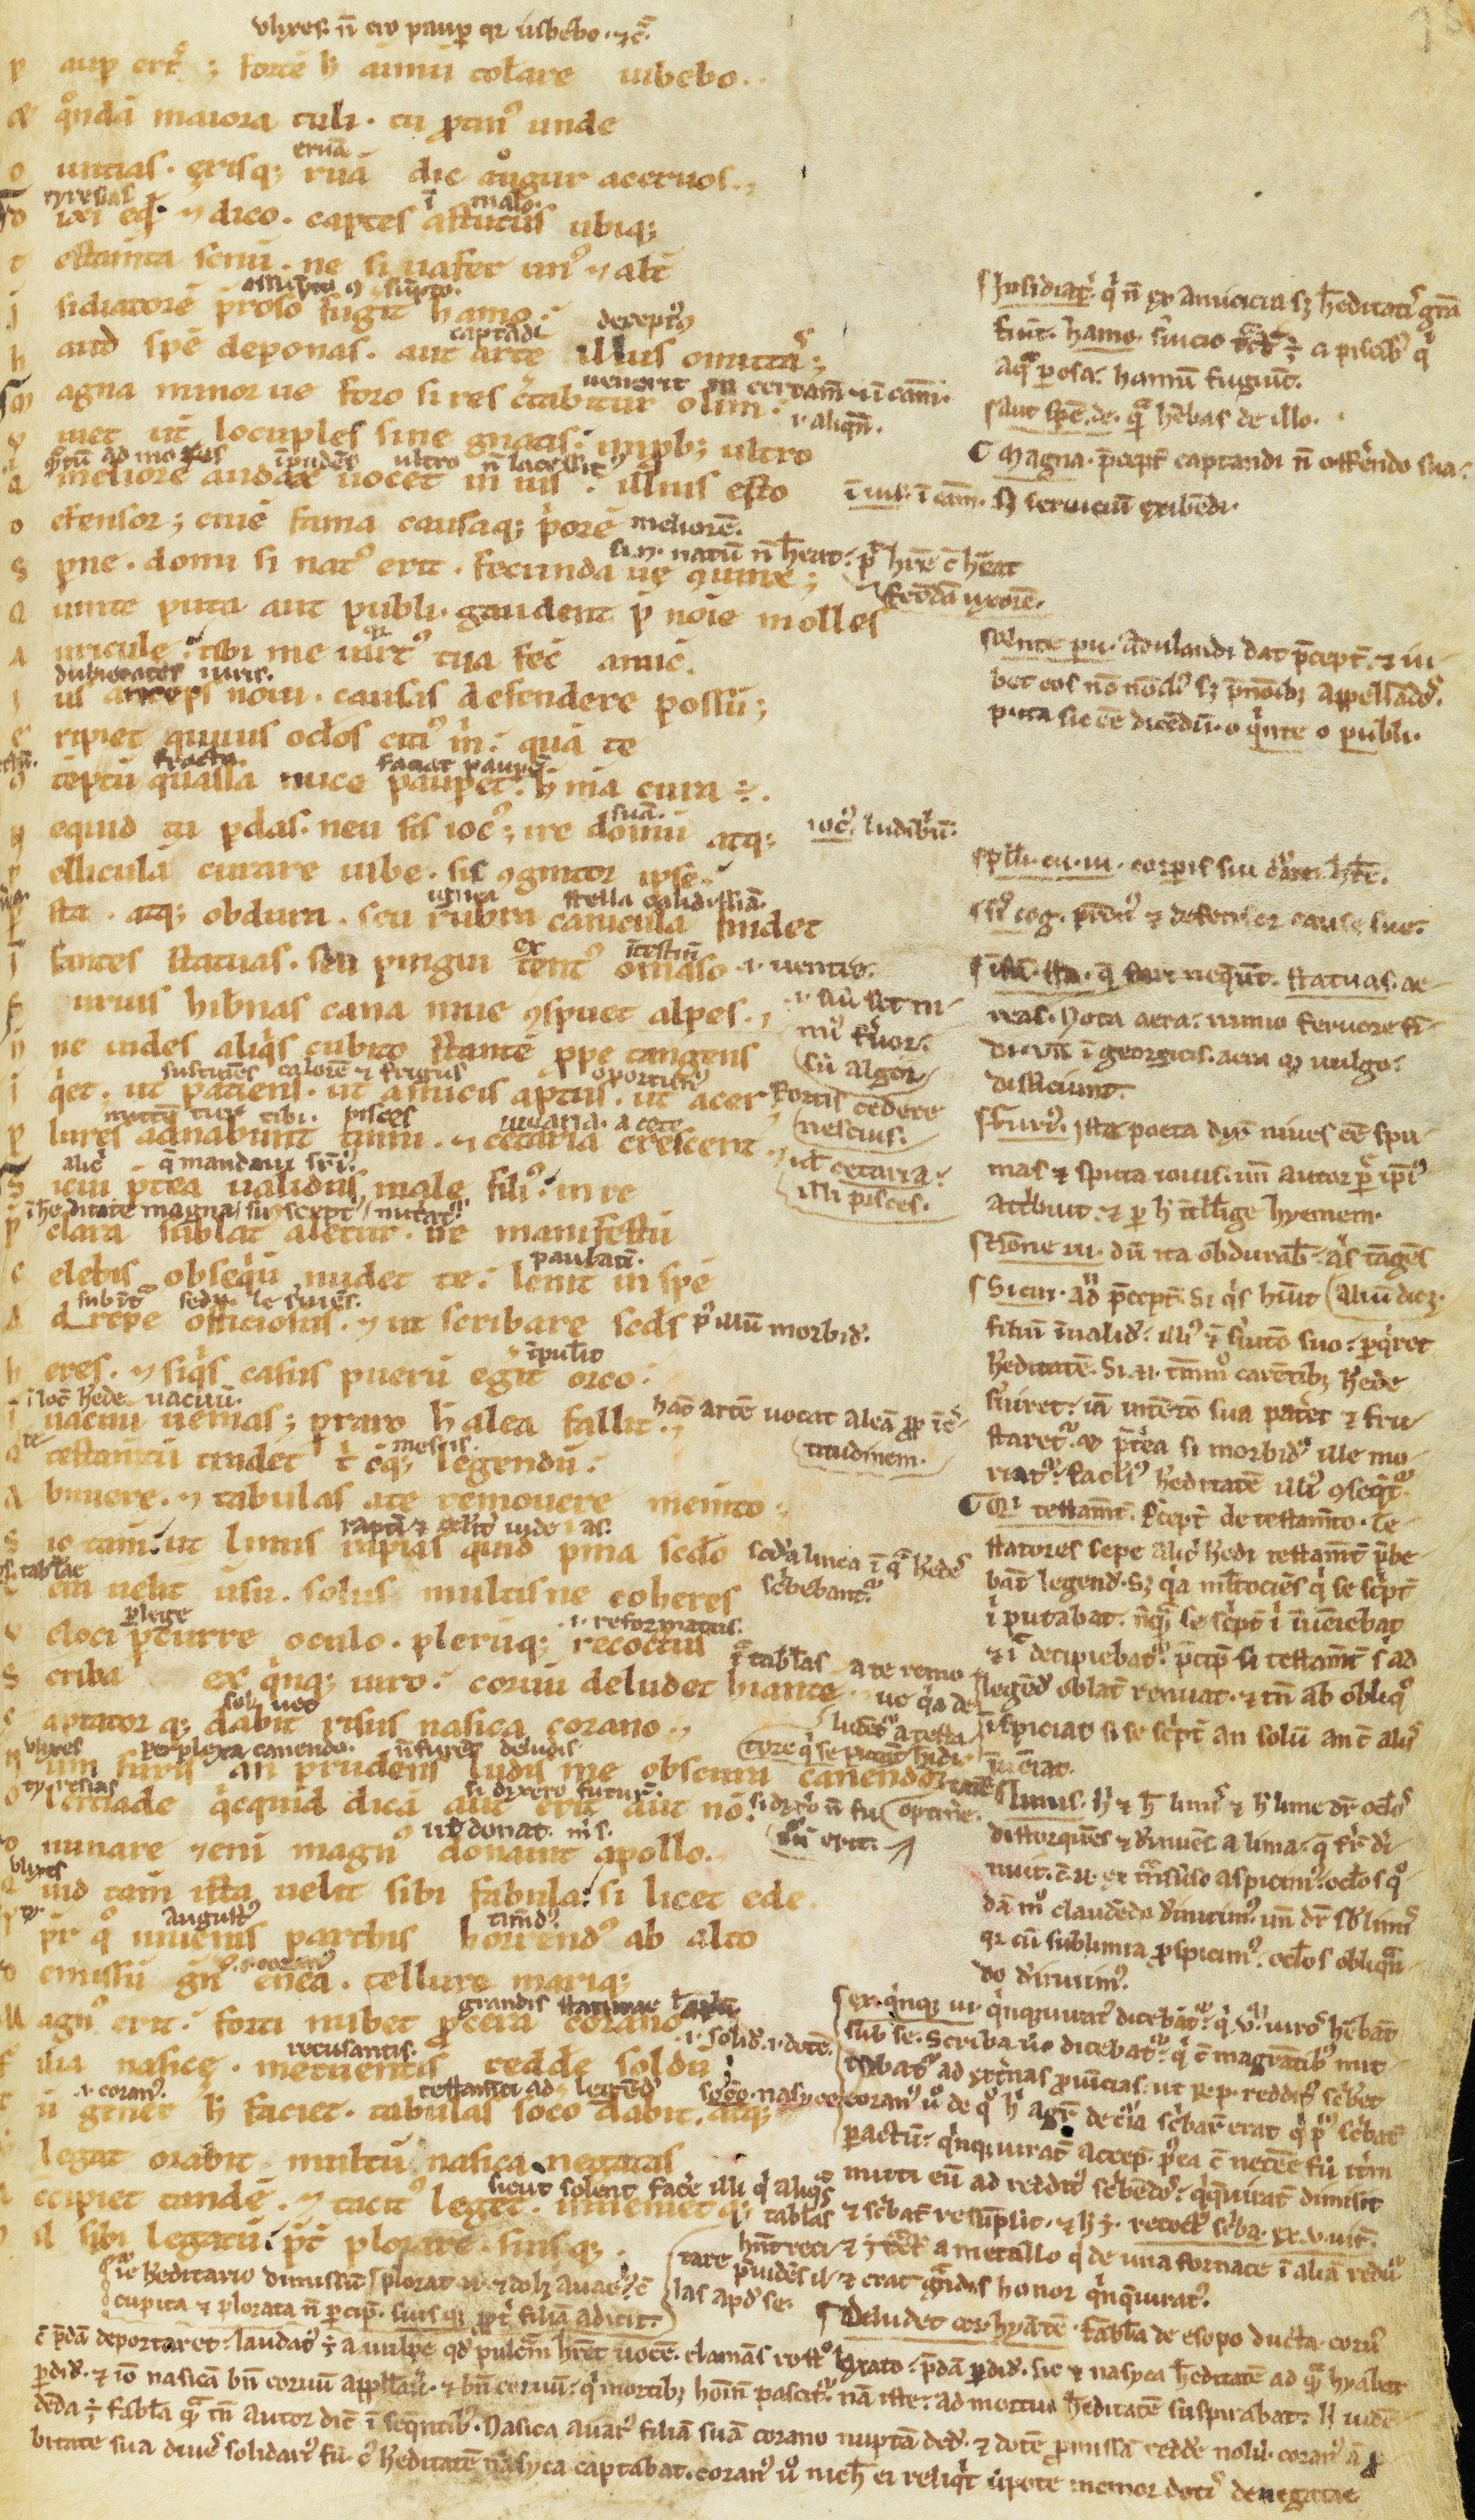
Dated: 1100–1199